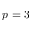
p = 3